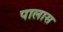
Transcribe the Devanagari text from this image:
पालास